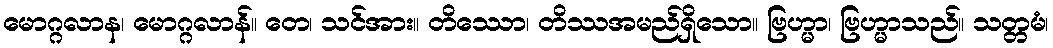
မောဂ္ဂလာန၊ မောဂ္ဂလာန်။ တေ၊ သင်အား။ တိဿော၊ တိဿအမည်ရှိသော။ ဗြဟ္မာ၊ ဗြဟ္မာသည်။ သတ္တမံ၊